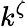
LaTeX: k^{\zeta}